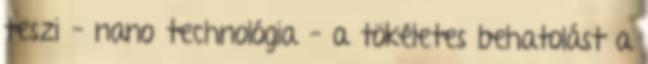
teszi – nano technológia – a tökéletes behatolást a